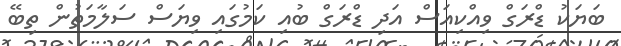
ބަޔަކު ޑްރަގް ވިއްކިއަސް އަދި ޑްރަގް ބުއި ކަމުގައި ވިޔަސް ސަލާމަތުން ތިބޭ